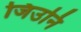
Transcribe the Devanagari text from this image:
जिउनि